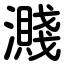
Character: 濺